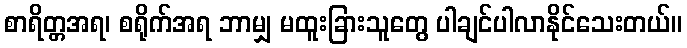
စာရိတ္တအရ၊ စရိုက်အရ ဘာမျှ မထူးခြားသူတွေ ပါချင်ပါလာနိုင်သေးတယ်။